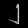
Digit: ၂